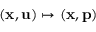
( \mathbf { x } , \mathbf { u } ) \mapsto ( \mathbf { x } , \mathbf { p } )